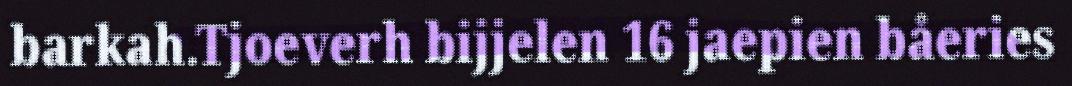
barkah.Tjoeverh bijjelen 16 jaepien båeries